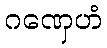
ဂဏှေဟံ